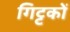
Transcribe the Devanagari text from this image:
गिट्टकों